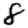
Digit: 8